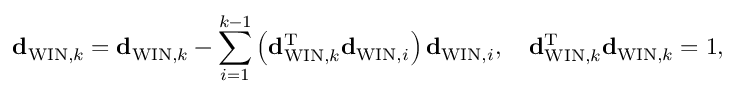
{ \bf d } _ { \mathrm { W I N } , k } = { \bf d } _ { \mathrm { W I N } , k } - \sum _ { i = 1 } ^ { k - 1 } \left( { \bf d } _ { \mathrm { W I N } , k } ^ { \mathrm { T } } { \bf d } _ { \mathrm { W I N } , i } \right) { \bf d } _ { \mathrm { W I N } , i } , \quad { \bf d } _ { \mathrm { W I N } , k } ^ { \mathrm { T } } { \bf d } _ { \mathrm { W I N } , k } = 1 ,